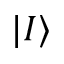
| I \rangle